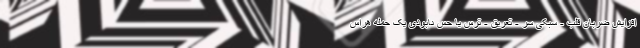
افزایش ضربان قلب - سبکی سر - تعریق - ترس یا حس نابودی یک حمله هراس